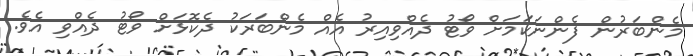
މެންބަރުން ފެންނަކަމަށް ވޯޓު ދެއްވިއިރު އެއް މެންބަރަކު ދެކޮޅަށް ވޯޓު ދެއްވި އެވެ.